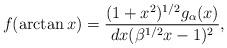
LaTeX: \begin{align*}f(\arctan x) = \frac{(1+x^{2})^{1/2}g_{\alpha }(x)}{dx(\beta^{1/2}x-1)^{2}},\end{align*}